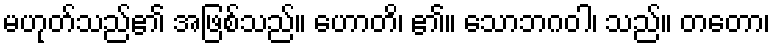
မဟုတ်သည်၏ အဖြစ်သည်။ ဟောတိ၊ ၏။ သောဘဂဝါ၊ သည်။ တတော၊